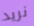
نريد